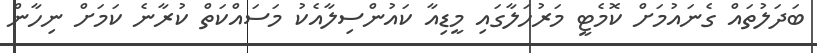
ބަދަލުތައް ގެނައުމަށް ކޮމެޓީ މަރުހަލާގައި މީޑިއާ ކައުންސިލާއެކު މަސައްކަތް ކުރާނެ ކަމަށް ނިހާން